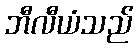
ဘီလီယံသည်